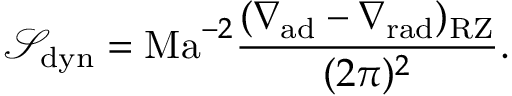
\ensuremath { \mathcal { S } } _ { \mathrm { d y n } } = \mathrm { M a } ^ { - 2 } \frac { ( \ensuremath { \nabla _ { \mathrm { { a d } } } } - \ensuremath { \nabla _ { \mathrm { { r a d } } } } ) _ { \mathrm { R Z } } } { ( 2 \pi ) ^ { 2 } } .